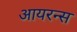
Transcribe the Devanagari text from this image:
आयरन्‍स